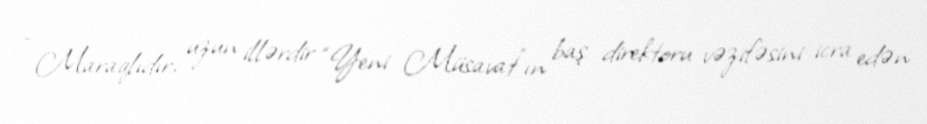
- Maraqlıdır, uzun illərdir “Yeni Müsavat”ın baş direktoru vəzifəsini icra edən